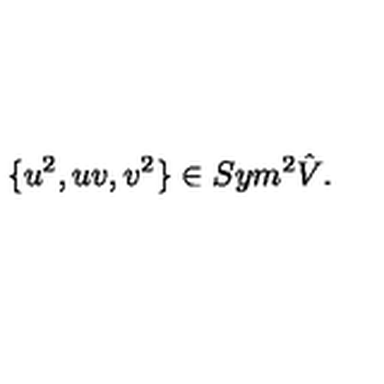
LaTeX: \{ u ^ { 2 } , u v , v ^ { 2 } \} \in S y m ^ { 2 } \hat { V } .